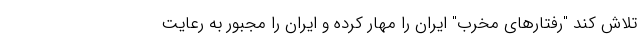
تلاش کند "رفتارهای مخرب" ایران را مهار کرده و ایران را مجبور به رعایت